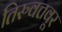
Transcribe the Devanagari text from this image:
तिरुवत्तवूर